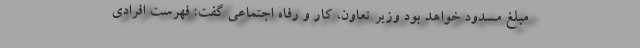
مبلغ مسدود خواهد بود وزیر تعاون، کار و رفاه اجتماعی گفت: فهرست افرادی